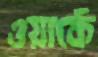
ওয়ার্কে